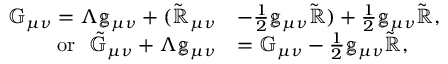
\begin{array} { r l } { \mathbb { G } _ { \mu \nu } = \Lambda \mathbb { g } _ { \mu \nu } + ( \tilde { \mathbb { R } } _ { \mu \nu } } & { - \frac { 1 } { 2 } \mathbb { g } _ { \mu \nu } \tilde { \mathbb { R } } ) + \frac { 1 } { 2 } \mathbb { g } _ { \mu \nu } \tilde { \mathbb { R } } , } \\ { \mathrm { o r } ~ ~ \tilde { \mathbb { G } } _ { \mu \nu } + \Lambda \mathbb { g } _ { \mu \nu } } & { = \mathbb { G } _ { \mu \nu } - \frac { 1 } { 2 } \mathbb { g } _ { \mu \nu } \tilde { \mathbb { R } } , } \end{array}